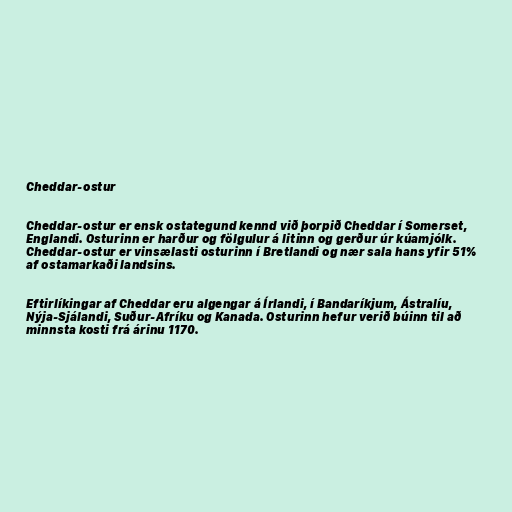
Cheddar-ostur

Cheddar-ostur er ensk ostategund kennd við þorpið Cheddar í Somerset,
Englandi. Osturinn er harður og fölgulur á litinn og gerður úr kúamjólk.
Cheddar-ostur er vinsælasti osturinn í Bretlandi og nær sala hans yfir 51%
af ostamarkaði landsins.

Eftirlíkingar af Cheddar eru algengar á Írlandi, í Bandaríkjum, Ástralíu,
Nýja-Sjálandi, Suður-Afríku og Kanada. Osturinn hefur verið búinn til að
minnsta kosti frá árinu 1170.